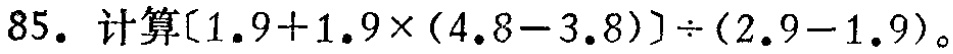
85. 计算\([1.9 + 1.9\times(4.8 - 3.8)]\div(2.9 - 1.9)\)。